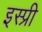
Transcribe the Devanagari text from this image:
इस्प्री